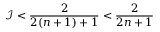
\mathcal { I } < \frac { 2 } { 2 ( n + 1 ) + 1 } < \frac { 2 } { 2 n + 1 }